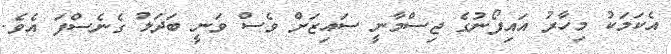
އެކަމަކު މިހާރު އައިފޯނުގެ ޖިސްމާނީ ސައިޒަށް ވެސް ވަނީ ބަދަލު ގެނެސްފަ އެވެ.